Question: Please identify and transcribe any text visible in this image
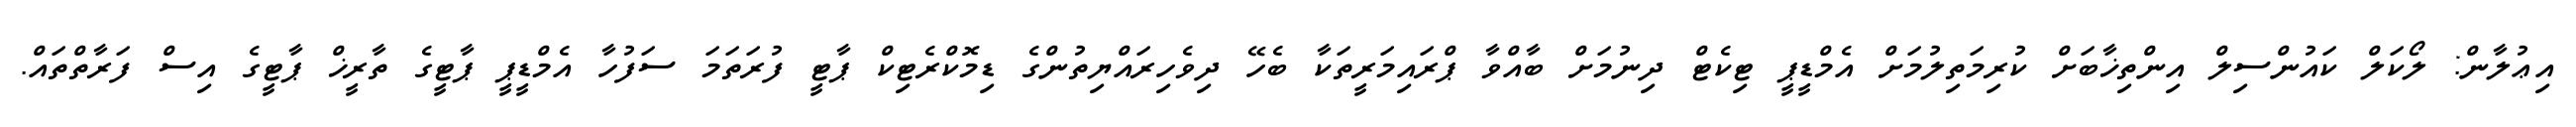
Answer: އިޢުލާން: ލޯކަލް ކައުންސިލް އިންތިޚާބަށް ކުރިމަތިލުމަށް އެމްޑީޕީ ޓިކެޓް ދިނުމަށް ބާއްވާ ޕްރައިމަރީތަކާ ބެހޭ ދިވެހިރައްޔިތުންގެ ޑިމޮކްރެޓިކް ޕާޓީ ފުރަތަމަ ސަފުހާ އެމްޑީޕީ ޕާޓީގެ ތާރީޚް ޕާޓީގެ އިސް ފަރާތްތައް.